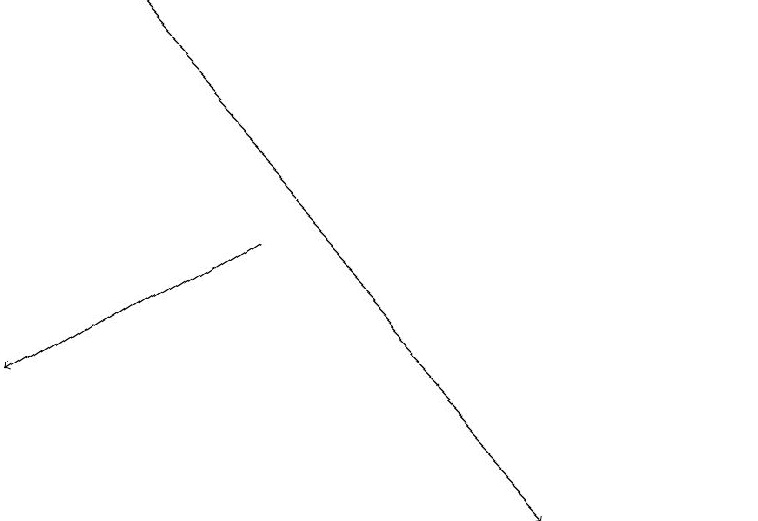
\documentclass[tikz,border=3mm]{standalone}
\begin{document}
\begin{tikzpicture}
\draw (11,11) circle (0);
\draw[->] (5,14) -- (2,12);
\draw[->] (3,17) -- (9,11);
\draw (10,11) circle (0);
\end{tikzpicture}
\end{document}